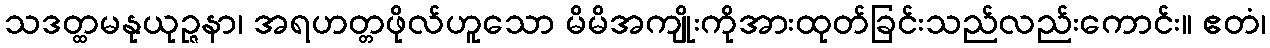
သဒတ္ထမနုယုဉ္ဇနာ၊ အရဟတ္တဖိုလ်ဟူသော မိမိအကျိုးကိုအားထုတ်ခြင်းသည်လည်းကောင်း။ ဧတံ၊